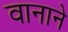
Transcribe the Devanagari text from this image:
वानाने